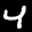
Label: 4